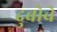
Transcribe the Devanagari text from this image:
दुबोचे